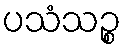
ပသံသဉ္စ